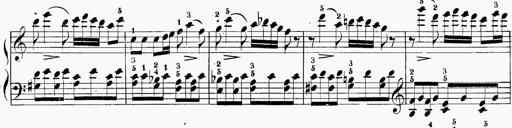
Title: 6 Sonatinas
Composer: Carl Reinecke